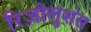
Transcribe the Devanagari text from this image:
रिज़ोलुशंस